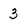
Character: 3